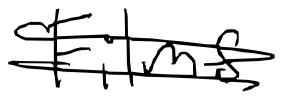
Text: Films
Cross-out: double-line
Writing tool: digital_black